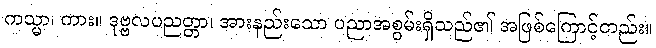
ကသ္မာ၊ ကား။ ဒုဗ္ဗလပညတ္တာ၊ အားနည်းသော ပညာအစွမ်းရှိသည်၏ အဖြစ်ကြောင့်တည်း။